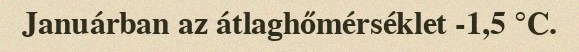
Januárban az átlaghőmérséklet -1,5 °C.